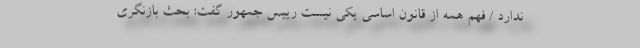
ندارد / فهم همه از قانون اساسی یکی نیست رییس جمهور گفت: بحث بازنگری